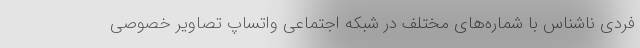
فردی ناشناس با شماره‌های مختلف در شبکه‌ اجتماعی واتساپ تصاویر خصوصی